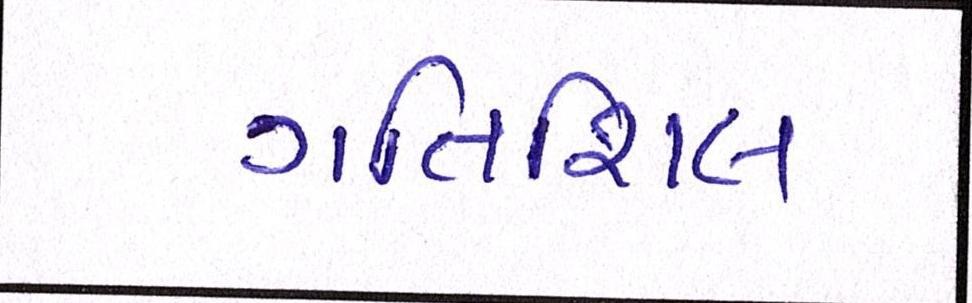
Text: ગતિશિલ